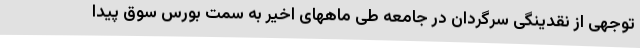
توجهی از نقدینگی سرگردان در جامعه طی ماههای اخیر به سمت بورس سوق پیدا